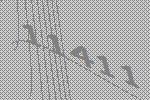
11411